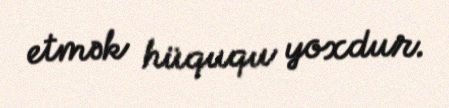
etmək hüququ yoxdur.